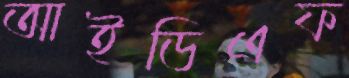
আইডিএফ